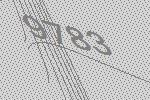
9783